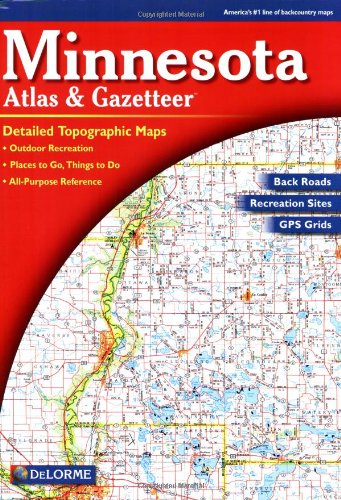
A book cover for Minnesota Atlas and Gazetteer (Minnesota Atlas & Gazetteer); Delorme; Reference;